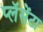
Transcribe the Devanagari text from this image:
प्लॅसेंटा